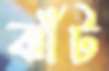
ঝাঁট